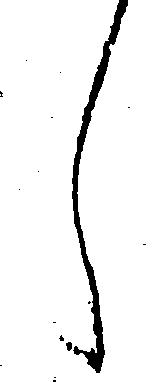
し